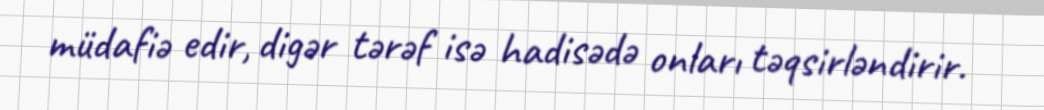
müdafiə edir, digər tərəf isə hadisədə onları təqsirləndirir.